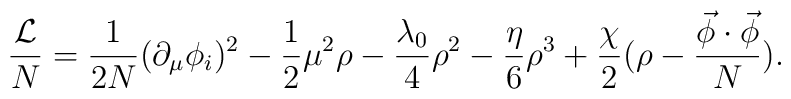
\frac {\cal L}{N}  = \frac{1}{2 N} (\partial_\mu \phi_i)^2 -\frac{1}{2}\mu^2  \rho  -\frac{\lambda_0}{4} \rho^2-\frac{\eta}{6 }\rho^3 + \frac{\chi}{2} (\rho - \frac{\vec \phi \cdot \vec \phi}{N}).